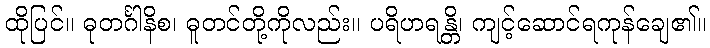
ထိုပြင်။ ဓုတင်္ဂါနိစ၊ ဓူတင်တို့ကိုလည်း။ ပရိဟရန္တိ၊ ကျင့်ဆောင်ရကုန်ချေ၏။